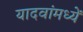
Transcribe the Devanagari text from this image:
यादवांमध्यें